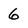
Character: 6